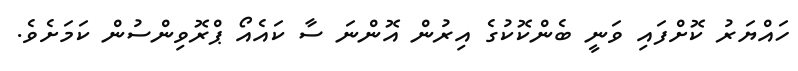
ހައްޔަރު ކޮށްފައި ވަނީ ބެންކޮކުގެ އިރުން އޮންނަ ސާ ކައެއޯ ޕްރޮވިންސުން ކަމަށެވެ.